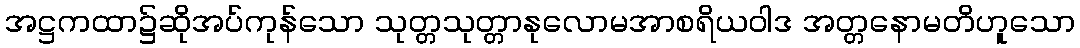
အဋ္ဌကထာ၌ဆိုအပ်ကုန်သော သုတ္တသုတ္တာနုလောမအာစရိယဝါဒ အတ္တနောမတိဟူသော